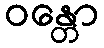
ဝန္တော